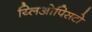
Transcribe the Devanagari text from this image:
य्लिओपिसटो